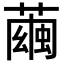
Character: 𦻷